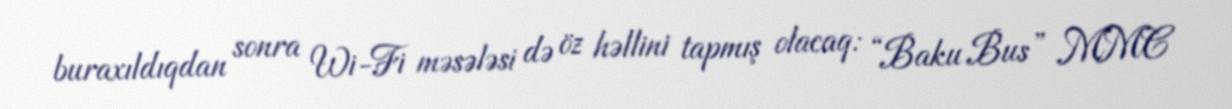
buraxıldıqdan sonra Wi-Fi məsələsi də öz həllini tapmış olacaq: “Baku Bus” MMC